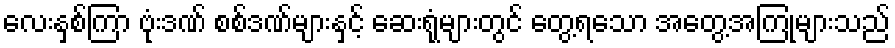
လေးနှစ်ကြာ ဗုံးဒဏ် စစ်ဒဏ်များနှင့် ဆေးရုံများတွင် တွေ့ရသော အတွေ့အကြုံများသည်